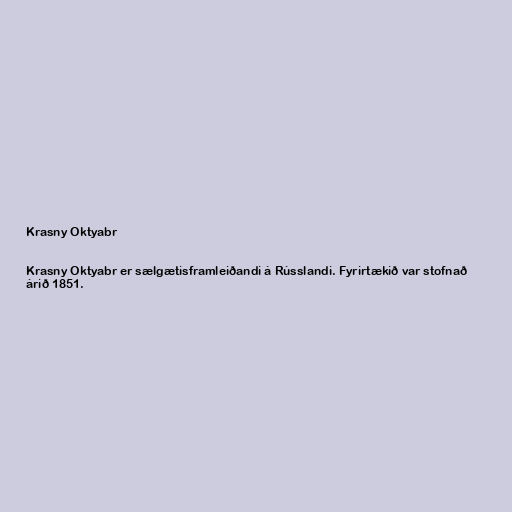
Krasny Oktyabr

Krasny Oktyabr er sælgætisframleiðandi á Rússlandi. Fyrirtækið var stofnað
árið 1851.